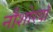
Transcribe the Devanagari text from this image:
नौशोरवाँ